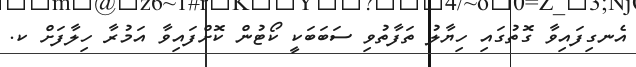
އެނގިފައިވާ ގޮތުގައި ހިޔާލު ތަފާތުވި ސަބަބަކީ ކޯޓުން ކޮށްފައިވާ އަމުރާ ހިލާފަށް ކ.